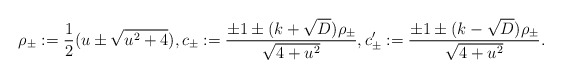
\begin{align*}\rho_{\pm} := \frac{1}{2}(u \pm \sqrt{u^2 + 4}), c_{\pm} := \frac{\pm 1 \pm (k + \sqrt{D})\rho_\pm}{\sqrt{4+u^2}}, c'_{\pm} := \frac{\pm 1 \pm (k - \sqrt{D})\rho_\pm}{\sqrt{4+u^2}}.\end{align*}